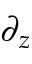
\partial _ { z }